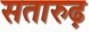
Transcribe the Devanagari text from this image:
सतारुढ़